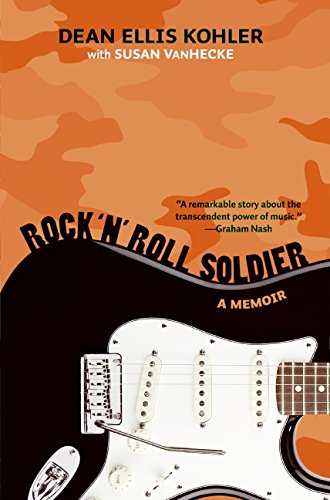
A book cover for Rock 'n' Roll Soldier: A Memoir; Dean Ellis Kohler; Teen & Young Adult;